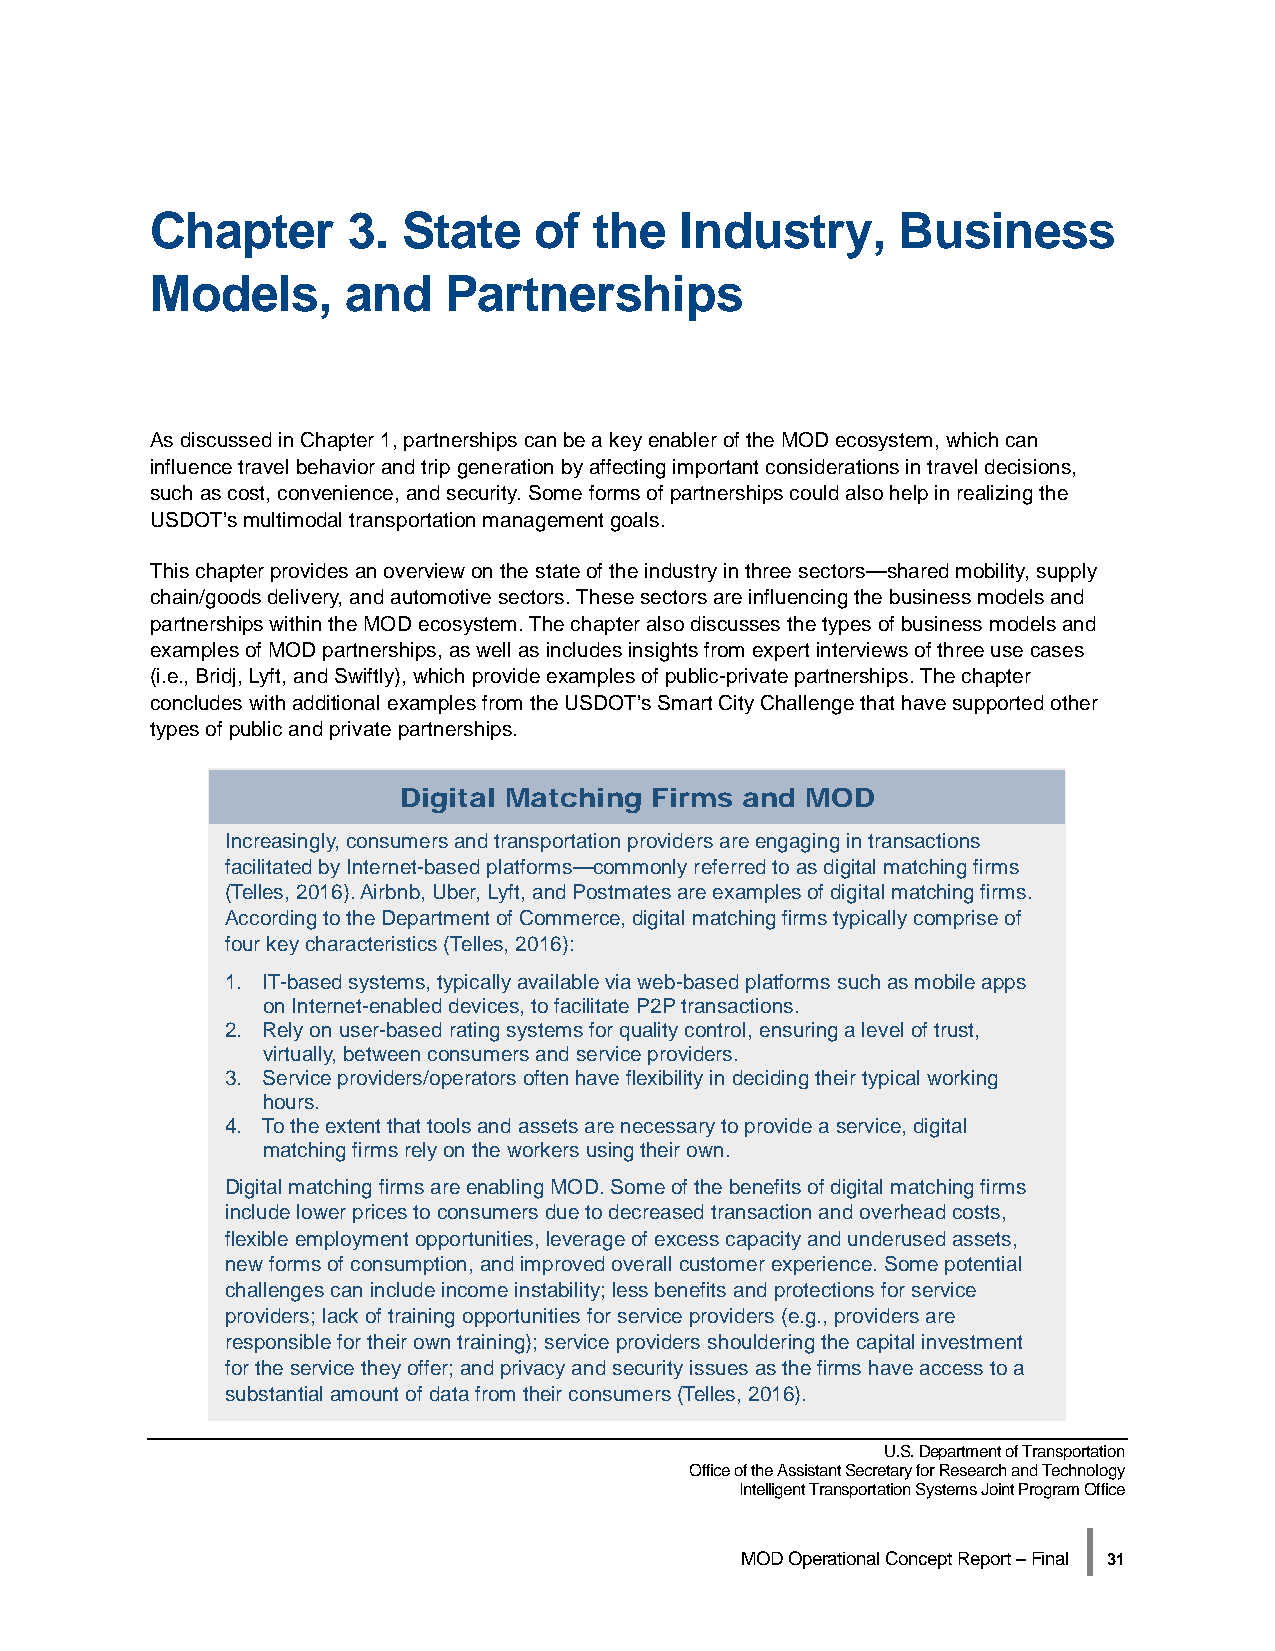
Chapter      3.  State   of  the   Industry,     Business
 Models,      and   Partnerships
 As discussed in Chapter 1, partnerships can be a key enabler of the MOD ecosystem, which can
 influence travel behavior and trip generation by affecting important considerations in travel decisions,
 such as cost, convenience, and security. Some forms of partnerships could also help in realizing the
 USDOT’s multimodal transportation management goals.
 This chapter provides an overview on the state of the industry in three sectors—shared mobility, supply
 chain/goods delivery, and automotive sectors. These sectors are influencing the business models and
 partnerships within the MOD ecosystem. The chapter also discusses the types of business models and
 examples of MOD partnerships, as well as includes insights from expert interviews of three use cases
 (i.e., Bridj, Lyft, and Swiftly), which provide examples of public-private partnerships. The chapter
 concludes with additional examples from the USDOT’s Smart City Challenge that have supported other
 types of public and private partnerships.
 Digital Matching Firms and MOD
 Increasingly, consumers and transportation providers are engaging in transactions
 facilitated by Internet-based platforms—commonly referred to as digital matching firms
 (Telles, 2016). Airbnb, Uber, Lyft, and Postmates are examples of digital matching firms.
 According to the Department of Commerce, digital matching firms typically comprise of
 four key characteristics (Telles, 2016):
 1. IT-based systems, typically available via web-based platforms such as mobile apps
 on Internet-enabled devices, to facilitate P2P transactions.
 2. Rely on user-based rating systems for quality control, ensuring a level of trust,
 virtually, between consumers and service providers.
 3. Service providers/operators often have flexibility in deciding their typical working
 hours.
 4. To the extent that tools and assets are necessary to provide a service, digital
 matching firms rely on the workers using their own.
 Digital matching firms are enabling MOD. Some of the benefits of digital matching firms
 include lower prices to consumers due to decreased transaction and overhead costs,
 flexible employment opportunities, leverage of excess capacity and underused assets,
 new forms of consumption, and improved overall customer experience. Some potential
 challenges can include income instability; less benefits and protections for service
 providers; lack of training opportunities for service providers (e.g., providers are
 responsible for their own training); service providers shouldering the capital investment
 for the service they offer; and privacy and security issues as the firms have access to a
 substantial amount of data from their consumers (Telles, 2016).
 U.S. Department of Transportation
 Office of the Assistant Secretary for Research and Technology
 Intelligent Transportation Systems Joint Program Office
 |
 MOD Operational Concept Report – Final 31